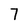
Character: 7